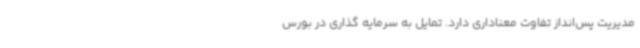
مدیریت پس‌انداز تفاوت معناداری دارد. تمایل به سرمایه گذاری در بورس